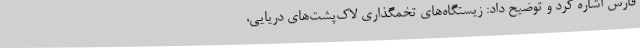
فارس اشاره کرد و توضیح داد: زیستگاه‌های تخمگذاری لاک‌پشت‌های دریایی،